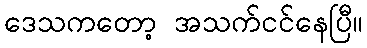
ဒေသကတော့ အသက်ငင်နေပြီ။